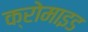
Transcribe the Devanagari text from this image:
क्रोमाइड